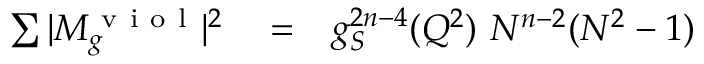
\begin{array} { r l r } { \sum \vert M _ { g } ^ { \mathrm { ~ v ~ i ~ o ~ l ~ } } \vert ^ { 2 } } & { { } = } & { g _ { S } ^ { 2 n - 4 } ( Q ^ { 2 } ) ~ N ^ { n - 2 } ( N ^ { 2 } - 1 ) } \end{array}